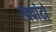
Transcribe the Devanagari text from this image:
स्क्वांटो